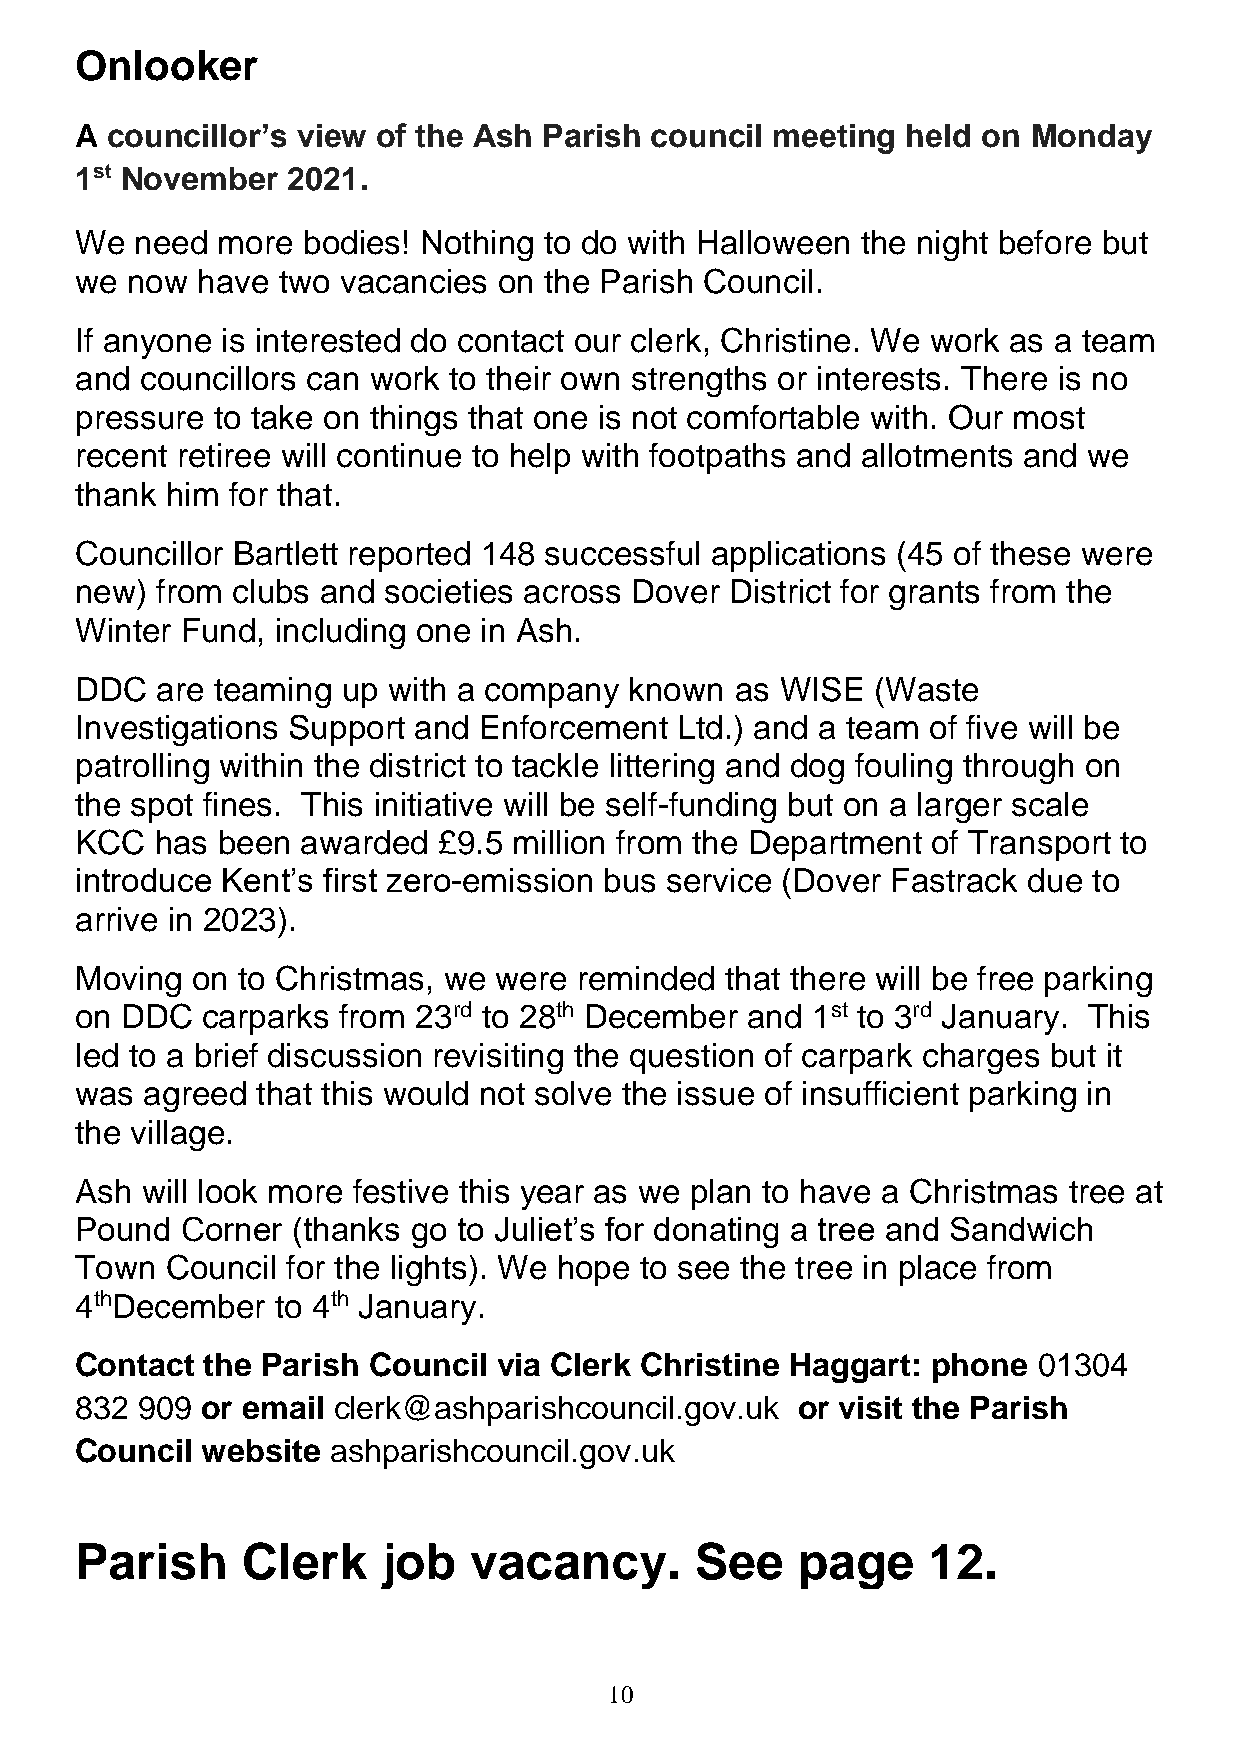
Onlooker
 A councillor’s view of the Ash Parish council meeting  held on Monday
 1st November  2021.
 We  need more  bodies! Nothing to do with Halloween the night before but
 we now  have two vacancies  on the Parish Council.
 If anyone is interested do contact our clerk, Christine. We work as a team
 and councillors can work to their own strengths or interests. There is no
 pressure to take on things that one is not comfortable with. Our most
 recent retiree will continue to help with footpaths and allotments and we
 thank him for that.
 Councillor Bartlett reported 148 successful applications (45 of these were
 new) from clubs and societies across Dover District for grants from the
 Winter Fund, including one in Ash.
 DDC  are teaming  up with a company  known  as WISE  (Waste
 Investigations Support and Enforcement  Ltd.) and a team of five will be
 patrolling within the district to tackle littering and dog fouling through on
 the spot fines. This initiative will be self-funding but on a larger scale
 KCC  has been  awarded  £9.5 million from the Department of Transport to
 introduce Kent’s first zero-emission bus service (Dover Fastrack due to
 arrive in 2023).
 Moving  on to Christmas, we were reminded  that there will be free parking
 on DDC  carparks  from 23rd to 28th December and 1st to 3rd January. This
 led to a brief discussion revisiting the question of carpark charges but it
 was agreed  that this would not solve the issue of insufficient parking in
 the village.
 Ash will look more festive this year as we plan to have a Christmas tree at
 Pound  Corner (thanks go to Juliet’s for donating a tree and Sandwich
 Town  Council for the lights). We hope to see the tree in place from
 4thDecember  to 4th January.
 Contact  the Parish Council via Clerk Christine Haggart: phone  01304
 832 909 or email clerk@ashparishcouncil.gov.uk  or visit the Parish
 Council website  ashparishcouncil.gov.uk
 Parish     Clerk    job   vacancy.       See    page    12.
 10